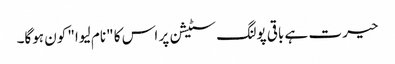
حیرت ہے باقی پولنگ سٹیشن پر اس کا "نام لیوا" کون ہوگا۔